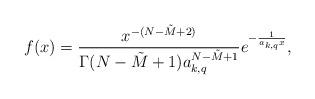
LaTeX: \begin{align*}f (x) = \frac{x^{-(N-\tilde{M}+2)}}{\Gamma(N-\tilde{M}+1)a_{k,q}^{N-\tilde{M}+1}}e^{-\frac{1}{a_{k,q}x}},\end{align*}